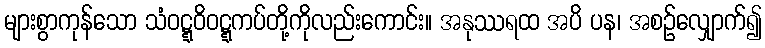
များစွာကုန်သော သံဝဋ္ဋဝိဝဋ္ဋကပ်တို့ကိုလည်းကောင်း။ အနုဿရထ အပိ ပန၊ အစဉ်လျှောက်၍